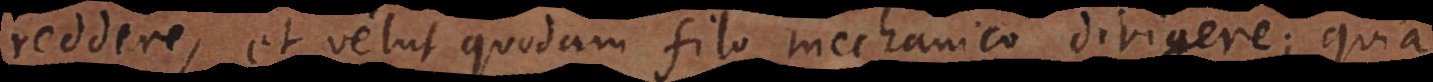
reddere, et velut quodam filo mechanico dirigere; quia